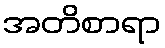
အတိစာရာ